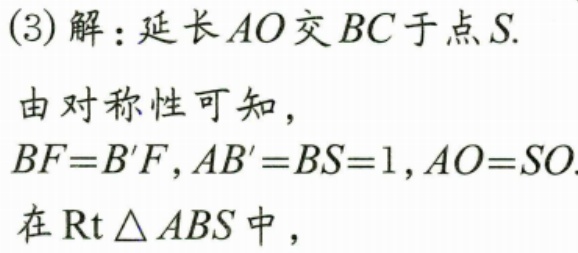
(3)解：延长\(AO\)交\(BC\)于点\(S\).
由对称性可知，
\(BF = B'F,AB' = BS = 1,AO = SO\).
在\(\text{Rt}\triangle ABS\)中，